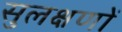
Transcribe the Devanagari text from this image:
सुलक्षणों